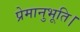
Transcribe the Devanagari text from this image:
प्रेमानुभूति।